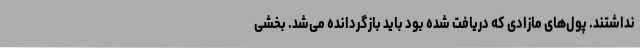
نداشتند. پول‌های مازادی که دریافت شده بود باید بازگردانده می‌شد. بخشی